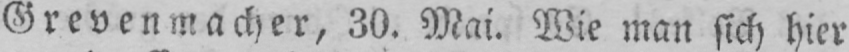
Grevenmacher, 30. Mai. Wie man sich hier